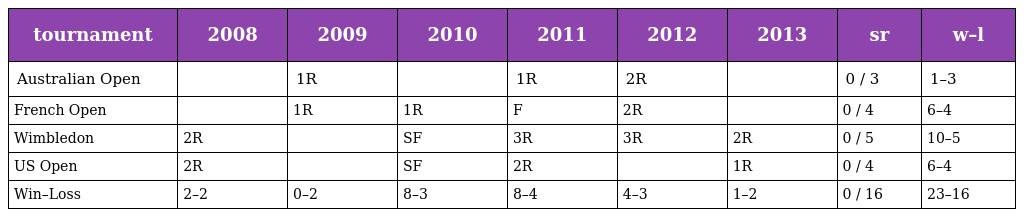
| tournament | 2008 | 2009 | 2010 | 2011 | 2012 | 2013 | sr | w–l |
 | --- | --- | --- | --- | --- | --- | --- | --- | --- |
 | Australian Open |  | 1R |  | 1R | 2R |  | 0 / 3 | 1–3 |
 | French Open |  | 1R | 1R | F | 2R |  | 0 / 4 | 6–4 |
 | Wimbledon | 2R |  | SF | 3R | 3R | 2R | 0 / 5 | 10–5 |
 | US Open | 2R |  | SF | 2R |  | 1R | 0 / 4 | 6–4 |
 | Win–Loss | 2–2 | 0–2 | 8–3 | 8–4 | 4–3 | 1–2 | 0 / 16 | 23–16 |